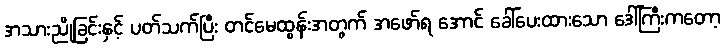
အသားညိုခြင်းနှင့် ပတ်သက်ပြီး တင်မေထွန်းအတွက် အဖော်ရ အောင် ခေါ်ပေးထားသော ဒေါ်ကြီးကတော့